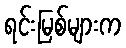
ရင်းမြစ်များက